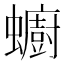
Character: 𧔋